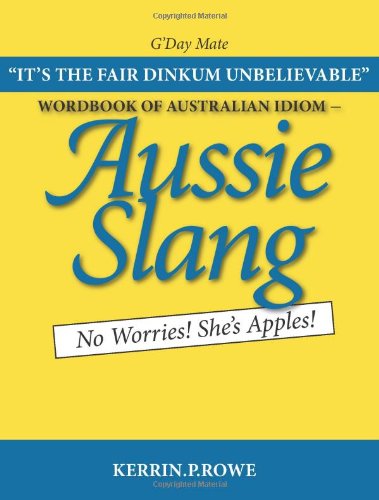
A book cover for Wordbook of Australian Idiom - Aussie Slang: No Worries! She's Apples!; Kerrin.P. Rowe; Reference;